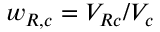
w _ { R , c } = V _ { R c } / V _ { c }